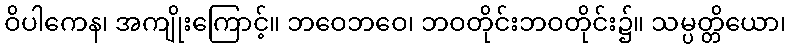
ဝိပါကေန၊ အကျိုးကြောင့်။ ဘဝေဘဝေ၊ ဘဝတိုင်းဘဝတိုင်း၌။ သမ္ပတ္တိယော၊